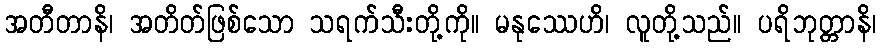
အတီတာနိ၊ အတိတ်ဖြစ်သော သရက်သီးတို့ကို။ မနုဿေဟိ၊ လူတို့သည်။ ပရိဘုတ္တာနိ၊